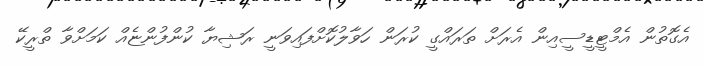
އެގޮތުން އެމްޓީޑީސީއިން އެރަށް ތަރައްގީ ކުރަން ހަވާލުކޮށްފައިވަނީ ރަޝިޔާ ކުންފުންޏެއް ކަމަށްވާ ތްރީކޭ